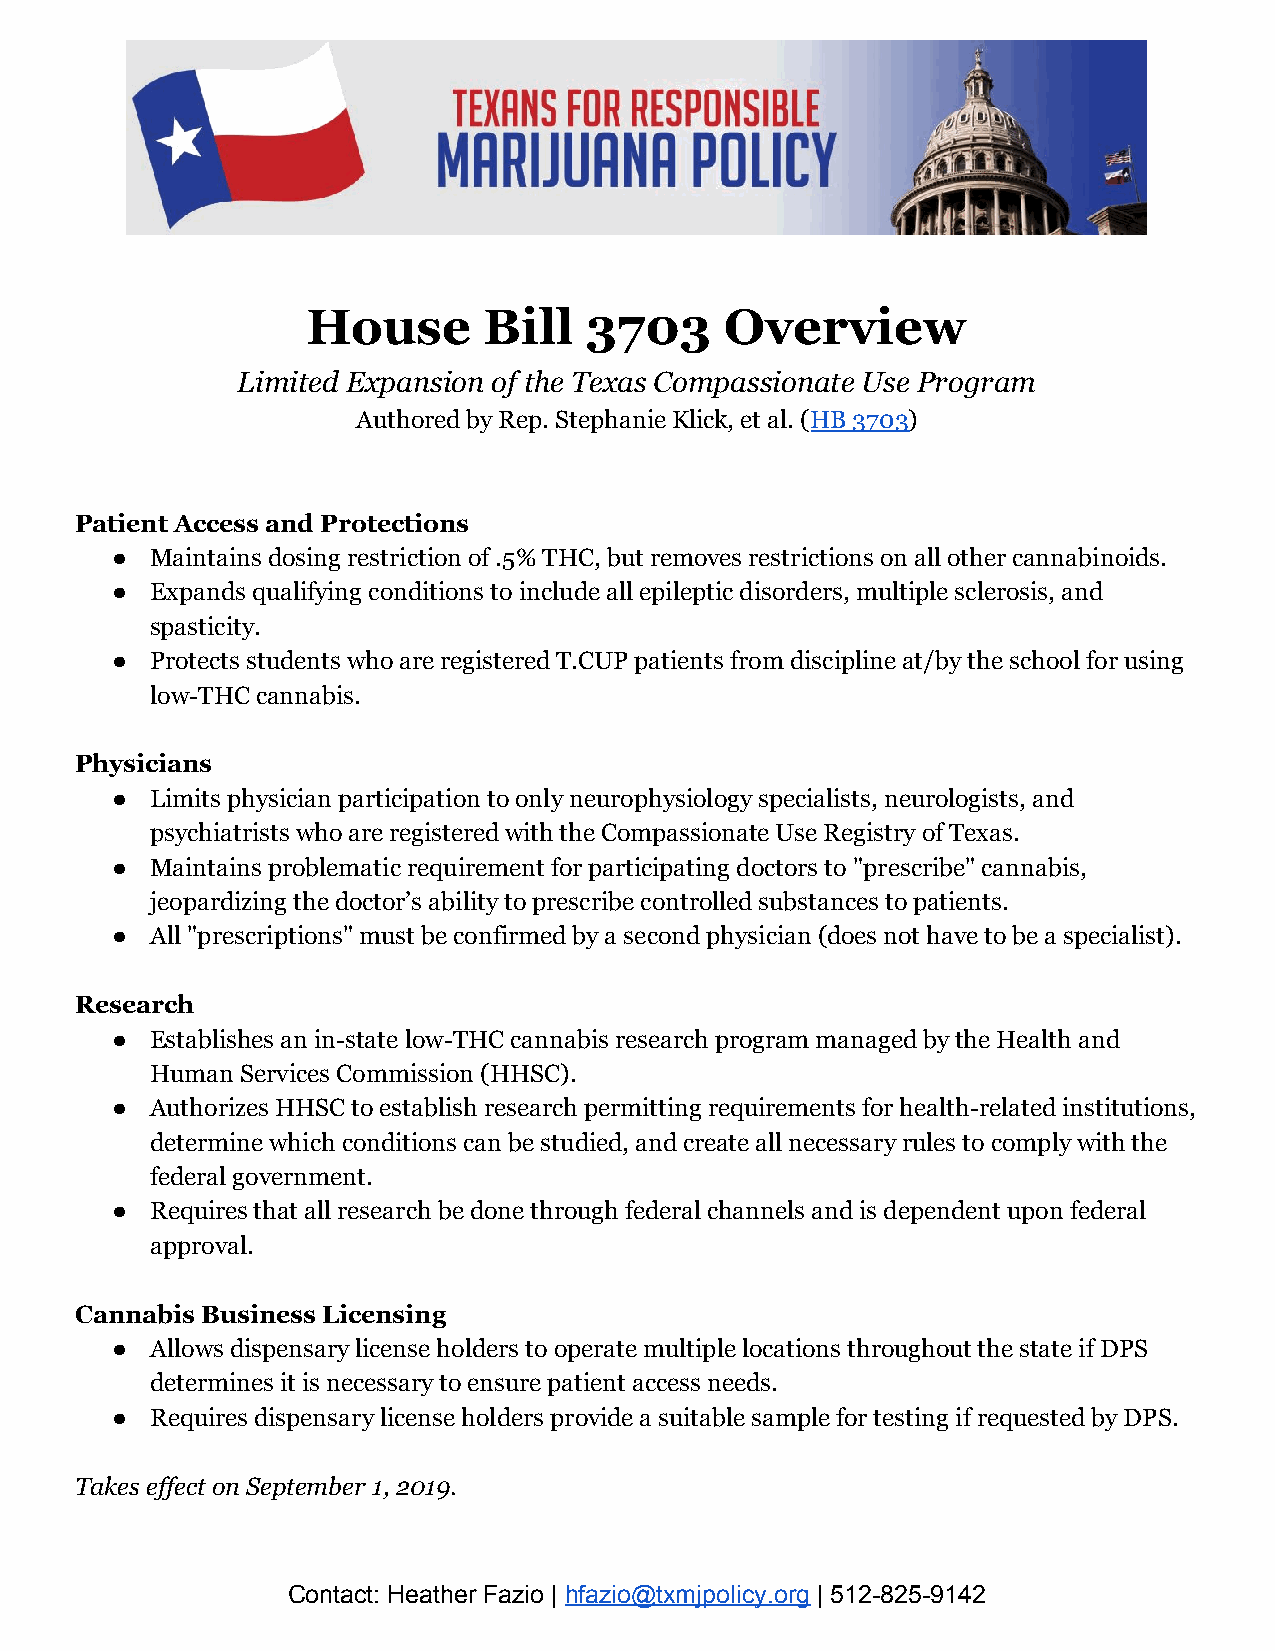
House       Bill   3703     Overview
 Limited Expansion of the Texas Compassionate Use Program
 Authored by Rep. Stephanie Klick, et al. (HB 3703)
 ​     ​
 Patient Access and Protections
 ●  Maintains dosing restriction of .5% THC, but removes restrictions on all other cannabinoids.
 ●  Expands qualifying conditions to include all epileptic disorders, multiple sclerosis, and
 spasticity.
 ●  Protects students who are registered T.CUP patients from discipline at/by the school for using
 low-THC cannabis.
 Physicians
 ●  Limits physician participation to only neurophysiology specialists, neurologists, and
 psychiatrists who are registered with the Compassionate Use Registry of Texas.
 ●  Maintains problematic requirement for participating doctors to "prescribe" cannabis,
 jeopardizing the doctor’s ability to prescribe controlled substances to patients.
 ●  All "prescriptions" must be confirmed by a second physician (does not have to be a specialist).
 Research
 ●  Establishes an in-state low-THC cannabis research program managed by the Health and
 Human Services Commission (HHSC).
 ●  Authorizes HHSC to establish research permitting requirements for health-related institutions,
 determine which conditions can be studied, and create all necessary rules to comply with the
 federal government.
 ●  Requires that all research be done through federal channels and is dependent upon federal
 approval.
 Cannabis Business Licensing
 ●  Allows dispensary license holders to operate multiple locations throughout the state if DPS
 determines it is necessary to ensure patient access needs.
 ●  Requires dispensary license holders provide a suitable sample for testing if requested by DPS.
 Takes effect on September 1, 2019.
 Contact: Heather Fazio | hfazio@txmjpolicy.org | 512-825-9142
 ​                ​